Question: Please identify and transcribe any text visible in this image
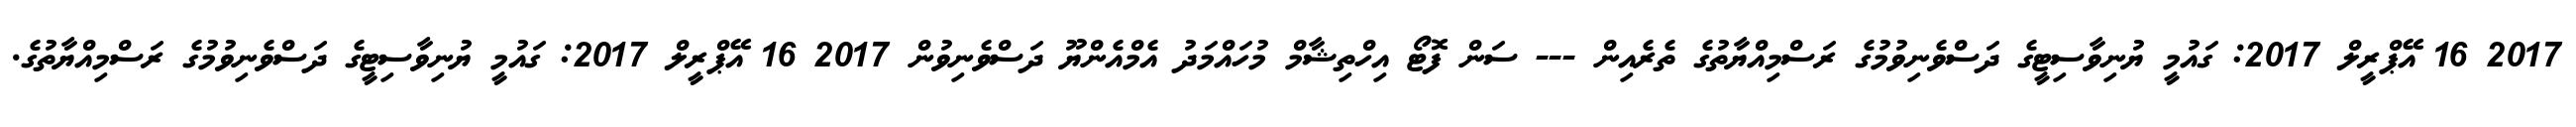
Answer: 2017 16 އޭޕްރީލް 2017: ގައުމީ ޔުނިވާސިޓީގެ ދަސްވެނިވުމުގެ ރަސްމިއްޔާތުގެ ތެރެއިން --- ސަން ފޮޓޯ އިހްތިޝާމް މުހައްމަދު އެމްއެންޔޫ ދަސްވެނިވުން 2017 16 އޭޕްރީލް 2017: ގައުމީ ޔުނިވާސިޓީގެ ދަސްވެނިވުމުގެ ރަސްމިއްޔާތުގެ.